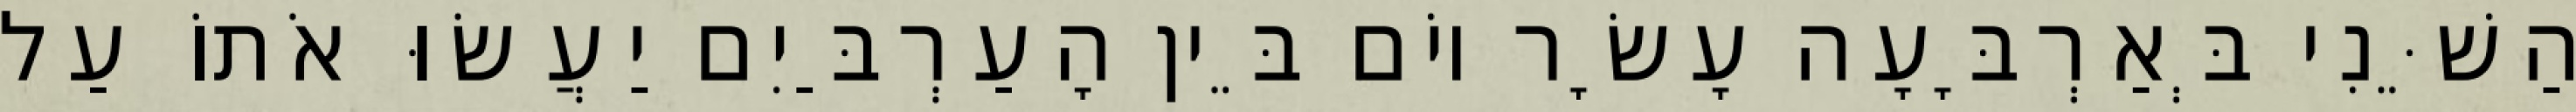
הַשֵּׁנִי בְּאַרְבָּעָה עָשָׂר יוֹם בֵּין הָעַרְבַּיִם יַעֲשׂוּ אֹתוֹ עַל